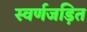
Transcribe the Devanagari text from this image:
स्वर्णजड़ित